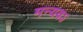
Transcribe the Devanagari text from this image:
मन्यवऽ